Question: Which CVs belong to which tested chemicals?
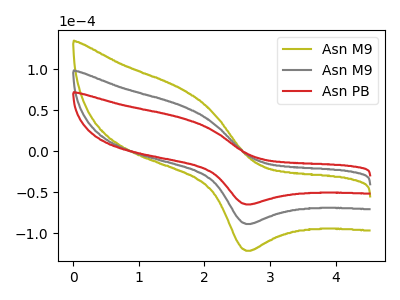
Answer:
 <answer>The olive curve is labeled "Asn M9". The gray curve is labeled "Asn M9". The red curve is labeled "Asn PB".</answer>
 <eval></eval>